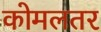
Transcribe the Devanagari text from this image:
कोमलतर